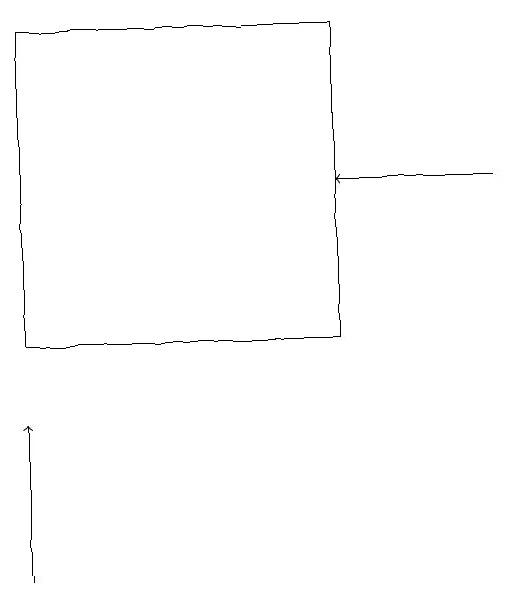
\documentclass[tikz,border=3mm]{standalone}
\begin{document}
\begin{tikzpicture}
\draw[->] (9,16) -- (7,16);
\draw[->] (3,11) -- (3,13);
\draw (3,14) rectangle (7,18);
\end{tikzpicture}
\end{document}